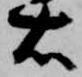
右